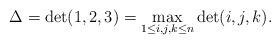
LaTeX: \begin{align*}\Delta=\det(1,2,3)=\max_{1\le i,j,k \le n} \det(i,j,k).\end{align*}